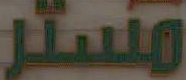
مستر